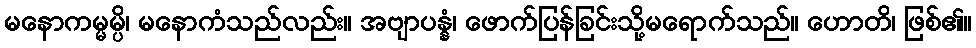
မနောကမ္မမ္ပိ၊ မနောကံသည်လည်း။ အဗျာပန္နံ၊ ဖောက်ပြန်ခြင်းသို့မရောက်သည်။ ဟောတိ၊ ဖြစ်၏။